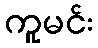
ကူမင်း